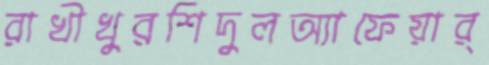
রাখীখুরশিদুলঅ্যাফেয়ার্